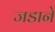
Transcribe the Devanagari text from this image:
जडाने